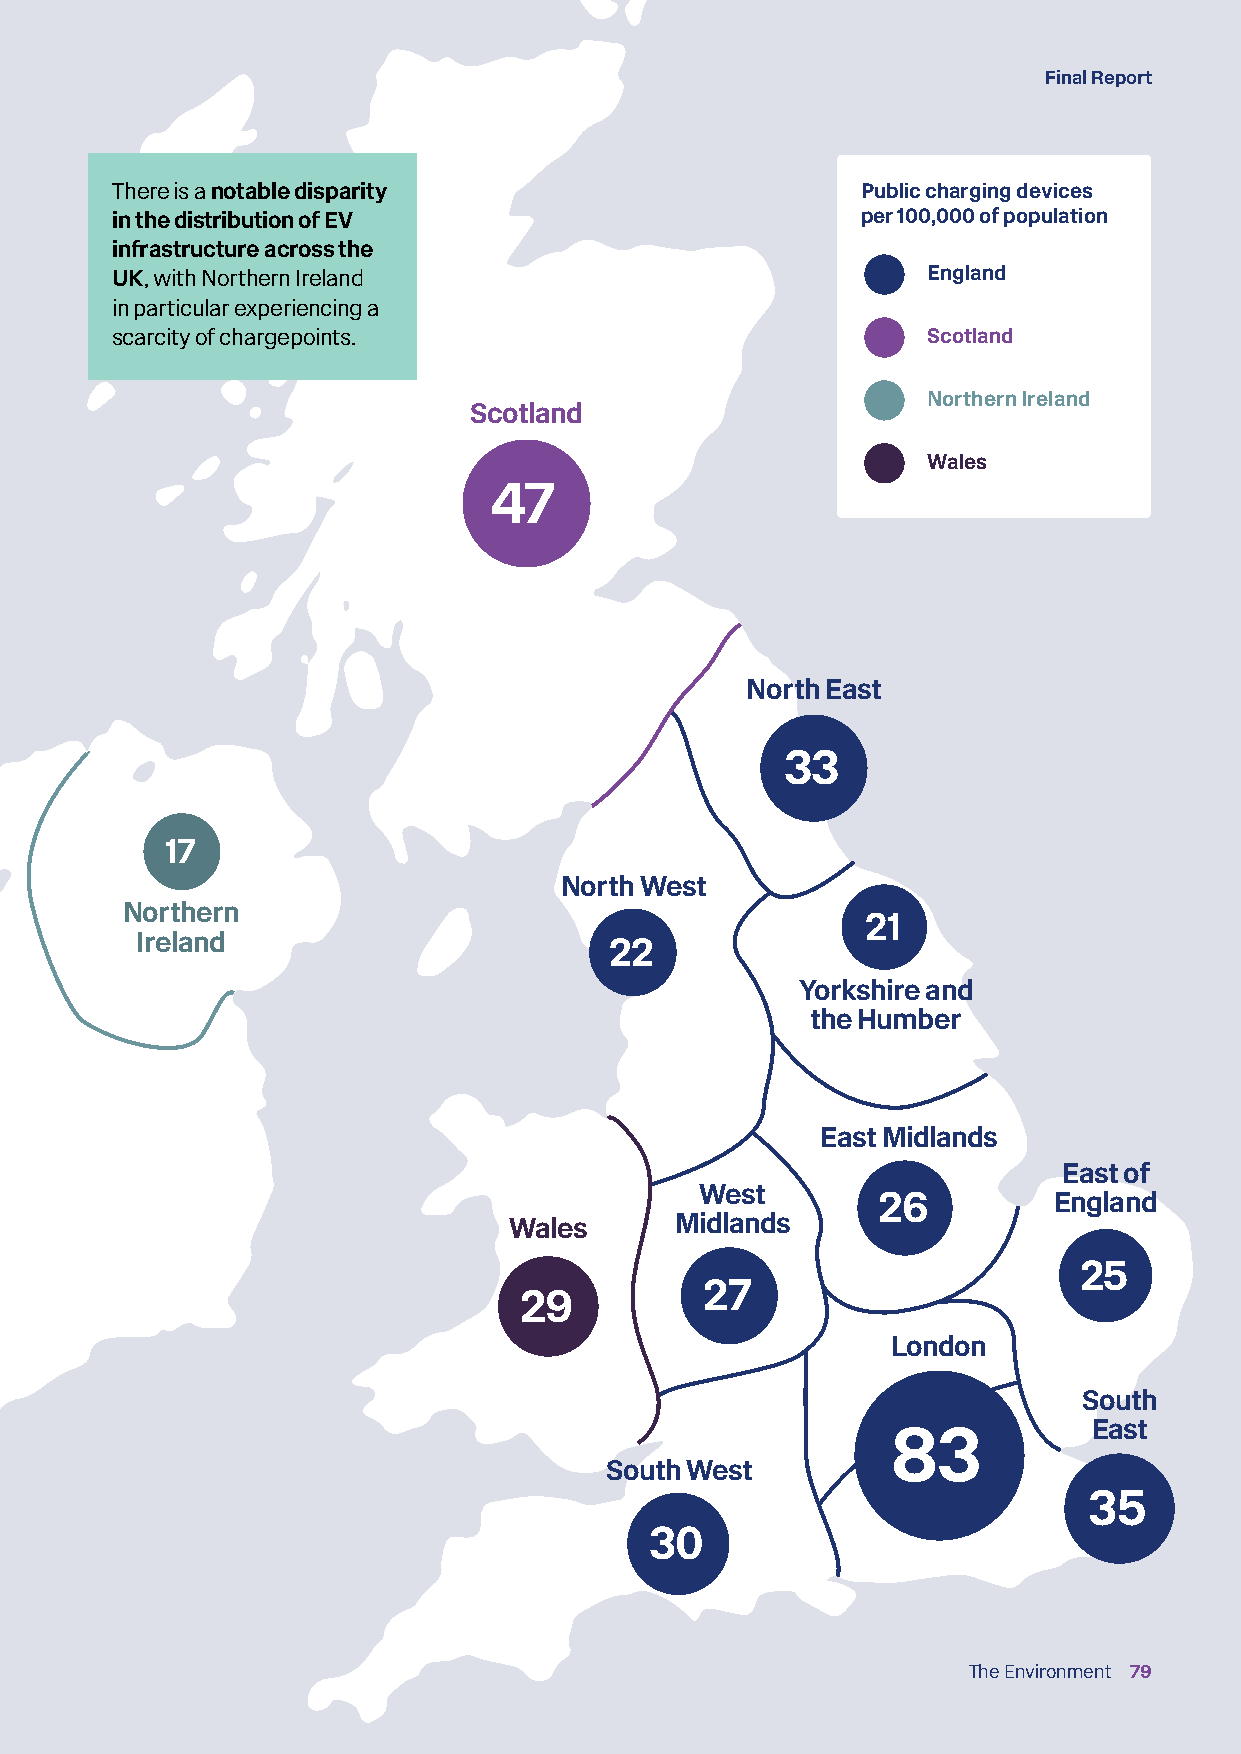
Final Report
 There is a notable disparity                      Public charging devices
 in the distribution of EV                         per 100,000 of population
 infrastructure across the
 UK, with Northern Ireland                             England
 in particular experiencing a
 scarcity of chargepoints.                             Scotland
 Northern Ireland
 Scotland
 Wales
 47
 North East
 33
 17
 North West
 Northern
 21
 Ireland                        22
 Yorkshire and
 the Humber
 East Midlands
 East of
 West
 26          England
 Wales      Midlands
 25
 27
 29
 London
 South
 East
 83
 South West
 35
 30
 The Environment 79